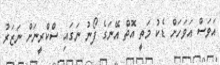
އަވަސް އަވަހަށް ޑެކު މަތީ އޮތް އޭނަގެ ފޯނު ނަގައި ސްކްރީނަށް ނަޒަރު